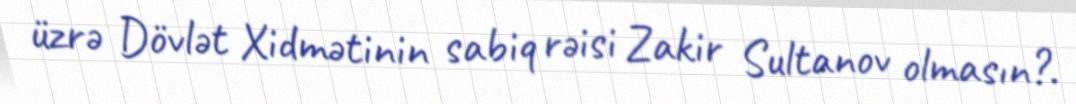
üzrə Dövlət Xidmətinin sabiq rəisi Zakir Sultanov olmasın?.